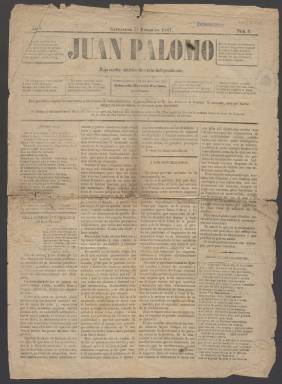
Título: Juan Palomo (Santander)
Colección: Periódicos
Ámbito geográfico: Cantabria
Lugar de publicación: Santander
Fechas: 31/03/1887-31/03/1887